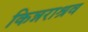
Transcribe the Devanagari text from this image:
किन्नराश्रव